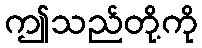
ဤသည်တို့ကို